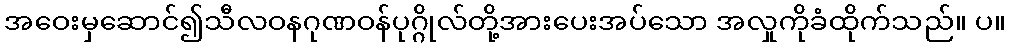
အဝေးမှဆောင်၍သီလဝနဂုဏဝန်ပုဂ္ဂိုလ်တို့အားပေးအပ်သော အလှုကိုခံထိုက်သည်။ ပ။